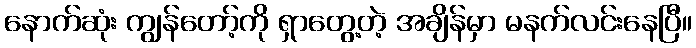
နောက်ဆုံး ကျွန်တော့်ကို ရှာတွေ့တဲ့ အချိန်မှာ မနက်လင်းနေပြီ။